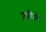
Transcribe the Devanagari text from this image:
शापितो